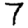
Digit: 7